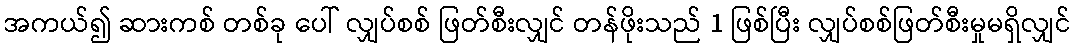
အကယ်၍ ဆားကစ် တစ်ခု ပေါ် လျှပ်စစ် ဖြတ်စီးလျှင် တန်ဖိုးသည် 1 ဖြစ်ပြီး လျှပ်စစ်ဖြတ်စီးမှုမရှိလျှင်